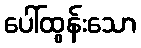
ပေါ်ထွန်းသော